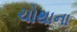
ચોથાના